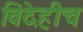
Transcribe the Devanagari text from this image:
विदेहीच